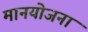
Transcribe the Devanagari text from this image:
मानयोजना